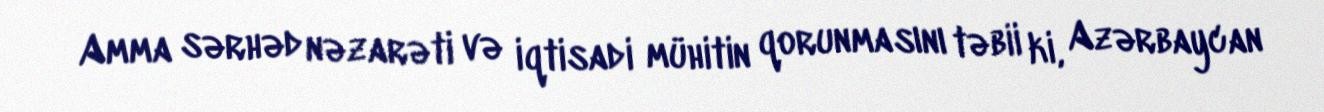
Amma sərhəd nəzarəti və iqtisadi mühitin qorunmasını təbii ki, Azərbaycan